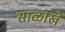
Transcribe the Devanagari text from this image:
साळोखे